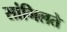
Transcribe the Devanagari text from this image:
सांगिलते